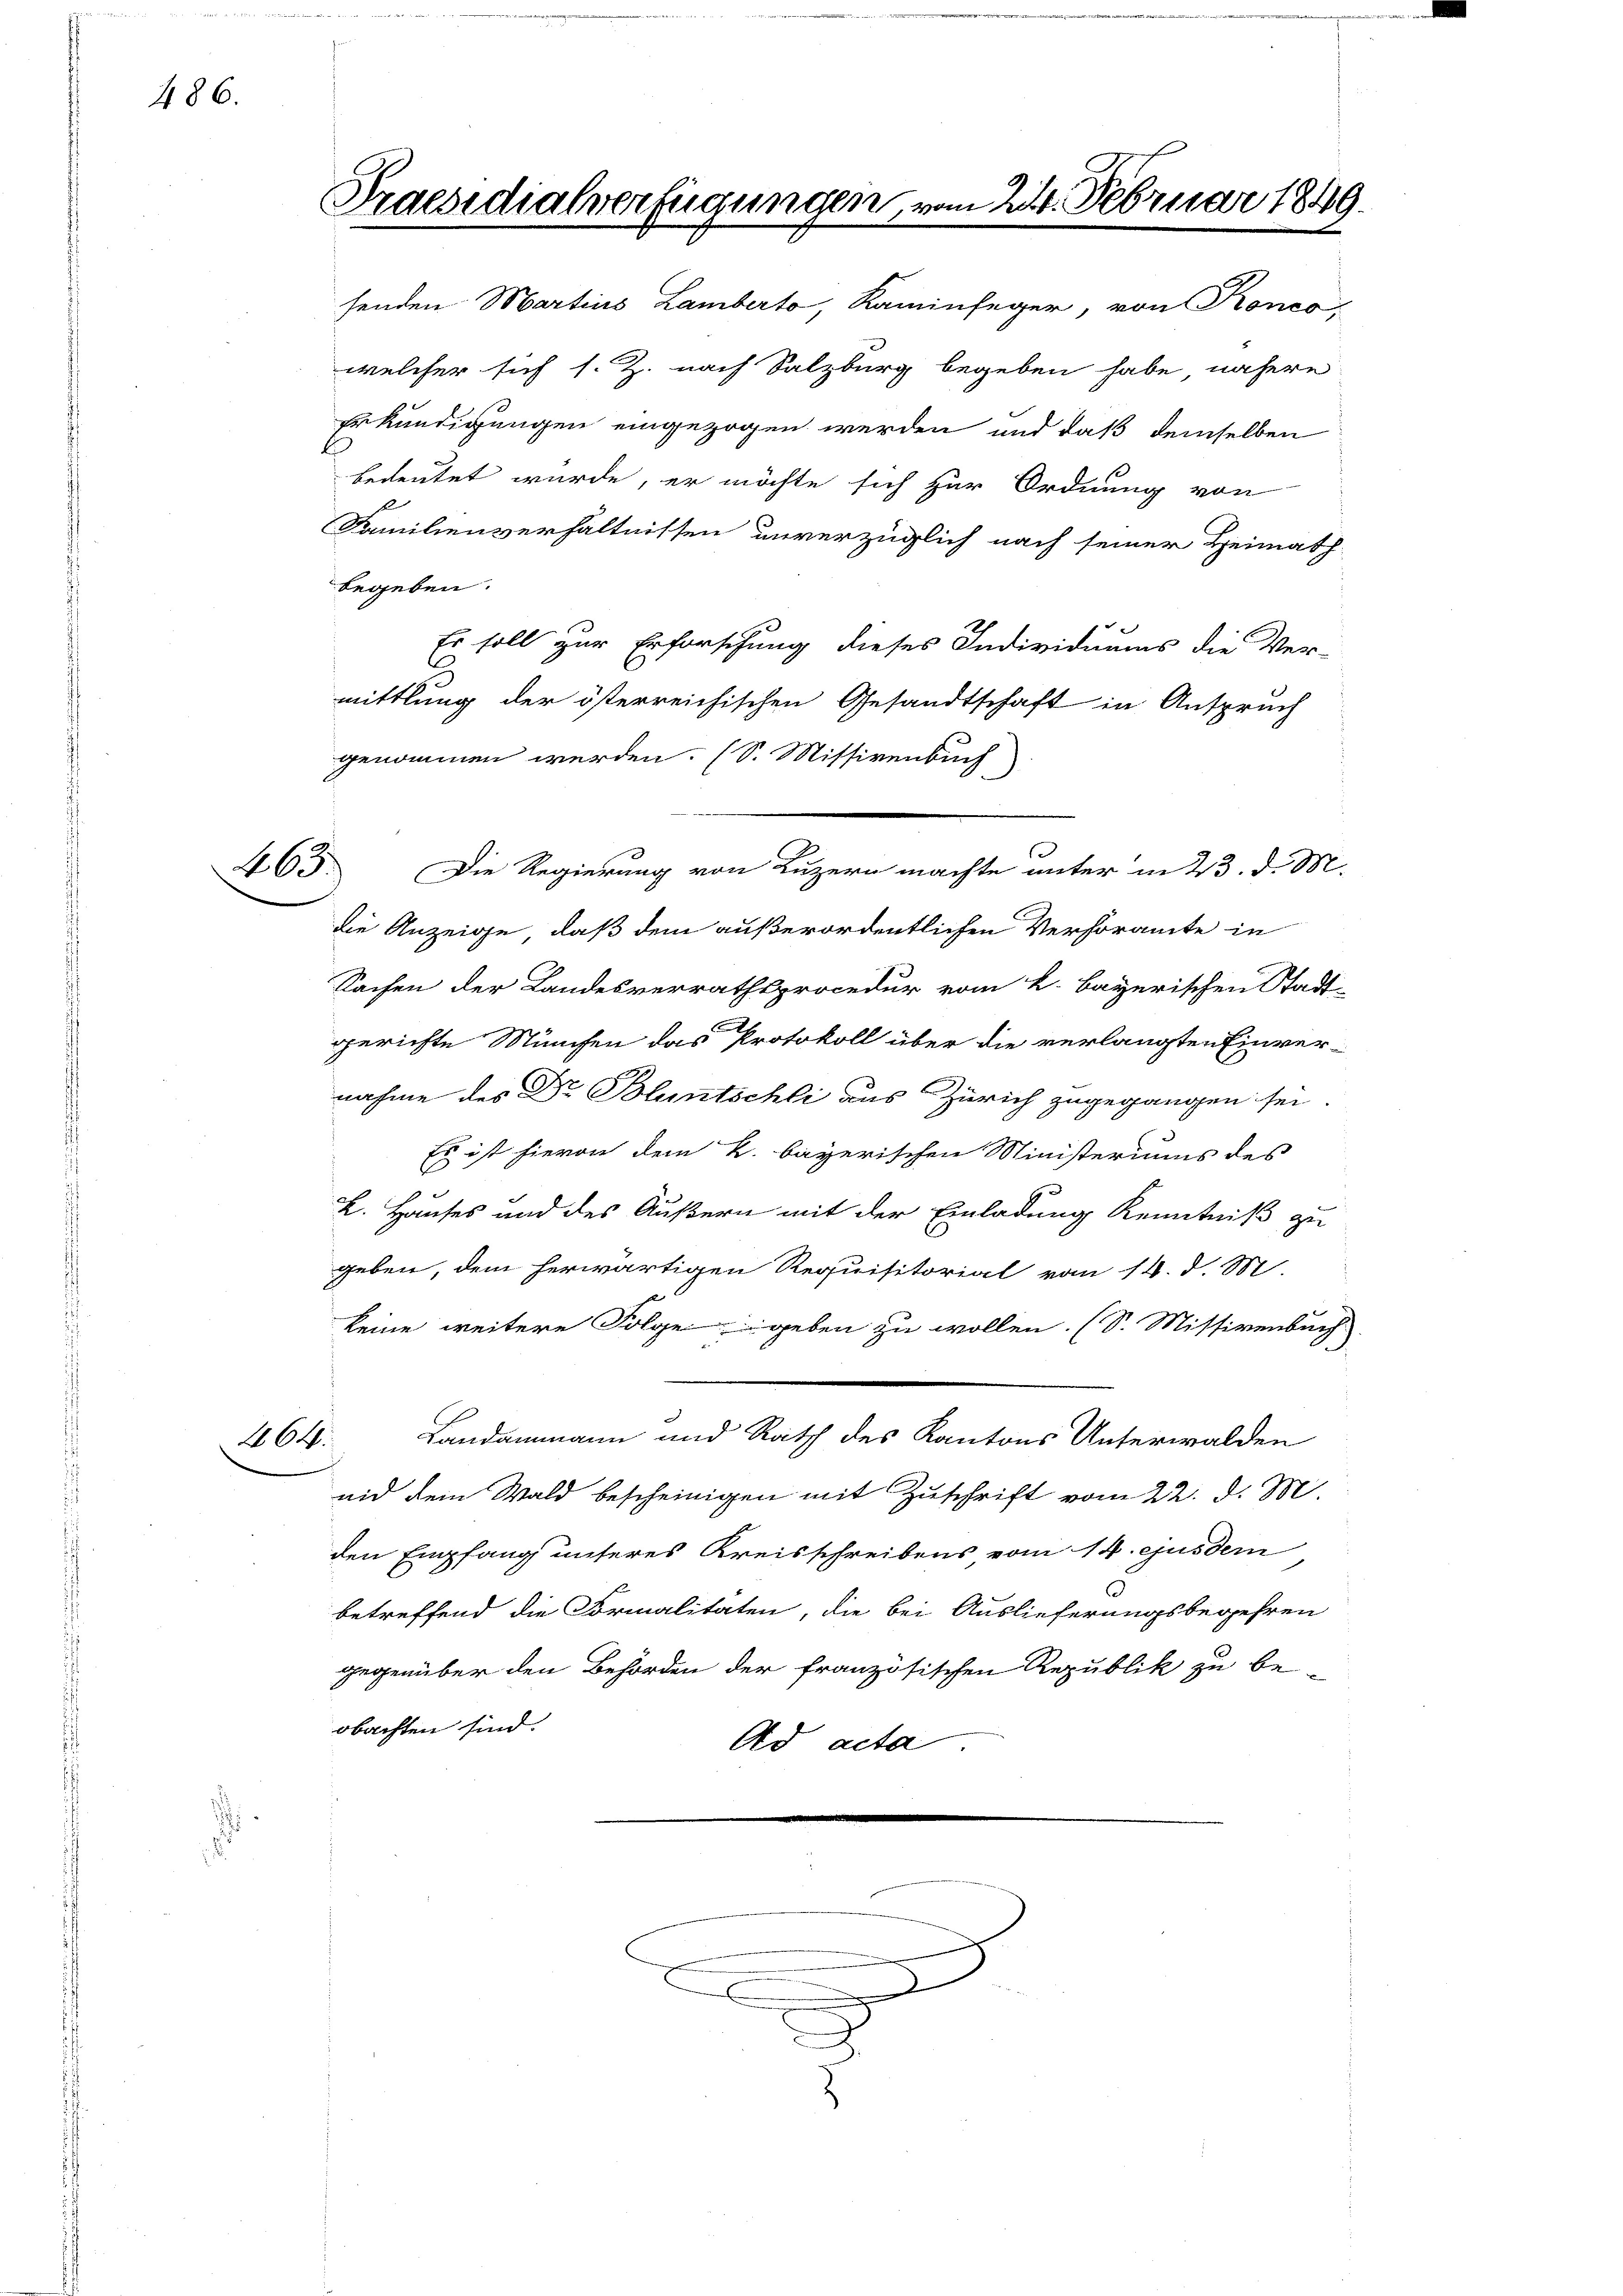
486.

164

Praesidialverfügungen, vom 22. Februar 1849.

senden Martius Lamberto, Kaminfeger, von Konco
welcher sich s. Z. nach Salzburg begeben habe, nähere
Erkundigungen eingezogen werden und daß demselben
bedeutet wurde, er möchte sich zur Ordnung von
Familienverhältnissen unverzüglich nach seiner Heimath-
begeben.
Es soll zur Erforschung dieses Individuums die Ver-
.
mittlung der österreichischen Gesandtschaft in Anspruch
genommen werden. (S. Missivenbuch
463. Die Regierung von Luzern machte unter in 23. d. M.
die Anzeige, daß dem außerordentlichen Verhöramte in
Sachen der Landesverrathsprocedur vom k. bayerischen Stadt-
gerichte München das Protokoll über die verlangten Einver-
nahme des Dr Bluntschli das Zürich zugegangen sei.
Es ist hievon dem k. bayerischen Ministeriums des
L. Hauses und des Äußern mit der Einladung Kenntniß zu
geben, dem herwärtigen Requisitorial vom 14. d. M.
keine weitere Folge geben zu wollen. (S. Missivenbuch
Landammann und Rath des Kantons Unterwalden
nid dem Wald bescheinigen mit Zuschrift vom 22. d. M.
den Empfang unteres Kreisschreibens vom 14. ejusdem
betreffend die Formalitäten, die bei Auslieferungsbegehren
gegenüber den Behörden der französischen Republik zu be-
obachten sind.
Ad acta

e